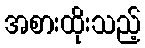
အစားထိုးသည့်